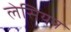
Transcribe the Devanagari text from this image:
लेसियन